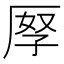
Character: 𠩨